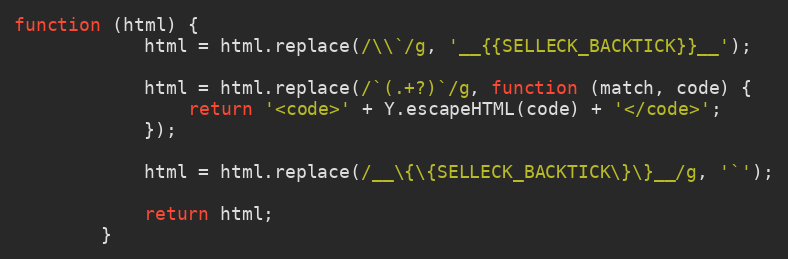
Language: JavaScript
function (html) {
            html = html.replace(/\\`/g, '__{{SELLECK_BACKTICK}}__');

            html = html.replace(/`(.+?)`/g, function (match, code) {
                return '<code>' + Y.escapeHTML(code) + '</code>';
            });

            html = html.replace(/__\{\{SELLECK_BACKTICK\}\}__/g, '`');

            return html;
        }